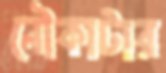
নৌকাটার